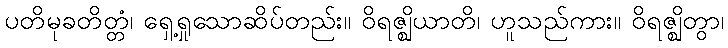
ပတိမုခတိတ္တံ၊ ရှေ့ရှုသောဆိပ်တည်း။ ဝိရဇ္ဈိယာတိ၊ ဟူသည်ကား။ ဝိရဇ္ဈိတွာ၊